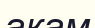
акам